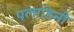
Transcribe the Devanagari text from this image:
पलाडिनो